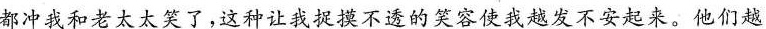
都冲我和老太太笑了，这种让我捉摸不透的笑容使我越发不安起来。他们越